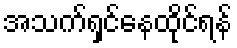
အသက်ရှင်နေထိုင်ရန်